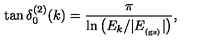
\tan \delta _ { 0 } ^ { ( 2 ) } ( k ) = \frac { \pi } { \ln \left( E _ { k } / | E _ { _ \mathrm { ( g s ) } } | \right) } ,